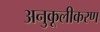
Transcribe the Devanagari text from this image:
अनुकूलीकरण